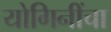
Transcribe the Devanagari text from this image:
योगिनींचा